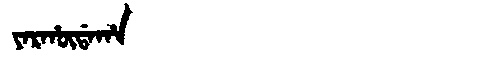
Manchu: ᠶᠠᡵᡥᡡᡩᠠᡥᠠ
Romanization: YARHŪDAHA